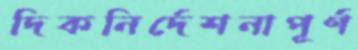
দিকনির্দেশনাপূর্ণ